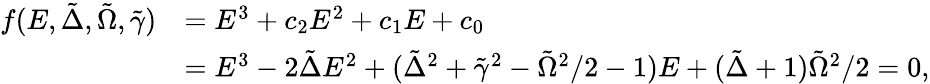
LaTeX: \begin{array}{rl}{f(E,\tilde{\Delta},\tilde{\Omega},\tilde{\gamma})}&{=E^{3}+c_{2}E^{2}+c_{1}E+c_{0}}\\ &{=E^{3}-2\tilde{\Delta}E^{2}+(\tilde{\Delta}^{2}+\tilde{\gamma}^{2}-\tilde{\Omega}^{2}/2-1)E+(\tilde{\Delta}+1)\tilde{\Omega}^{2}/2=0,}\end{array}